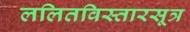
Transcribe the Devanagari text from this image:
ललितविस्तारसूत्र